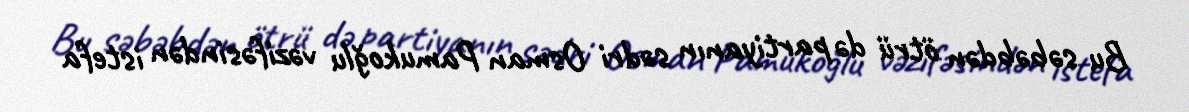
Bu səbəbdən ötrü də partiyanın sədri Osman Pamukoğlu vəzifəsindən istefa